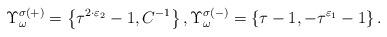
LaTeX: \begin{align*} \Upsilon_{\omega}^{\sigma(+)}=\left\{\tau^{2\cdot\varepsilon_{2}}-1,C^{-1}\right\},\Upsilon_{\omega}^{\sigma(-)} = \left\{\tau-1,-\tau^{\varepsilon_{1}}-1\right\}.\end{align*}